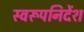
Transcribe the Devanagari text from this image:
स्वरूपनिर्देश